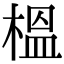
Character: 榲